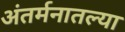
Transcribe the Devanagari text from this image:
अंतर्मनातल्या